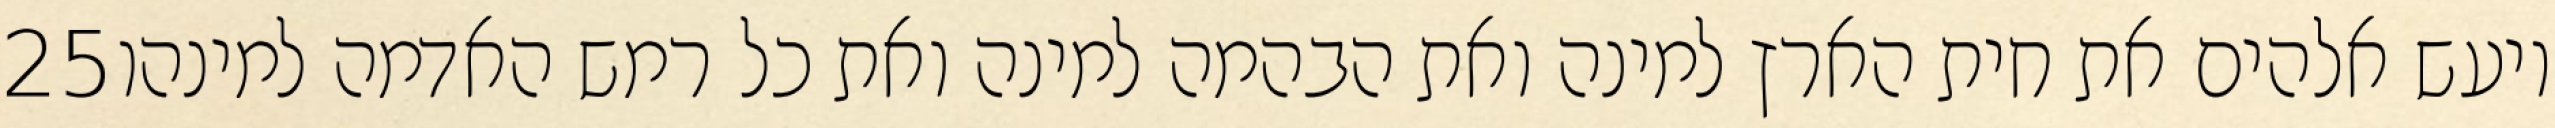
‎25‏ ויעש אלהים את חית הארץ למינה ואת הבהמה למינה ואת כל רמש האדמה למינהו